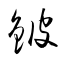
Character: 鈹